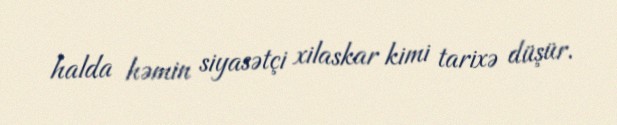
halda həmin siyasətçi xilaskar kimi tarixə düşür.